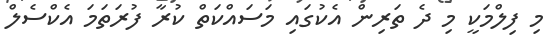
މި ފިލްމަކީ މި ދެ ތަރިން އެކުގައި މަސައްކަތް ކުރާ ފުރަތަމަ އެކްސެލް